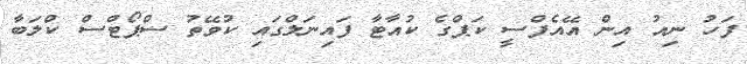
ފަހު ނިއު އިން އޭއެފްސީ ކަޕްގެ ކުއާޓާ ފައިނަލްގައި ކުވޭތު ސްޕޯޓްސް ކްލަބާ